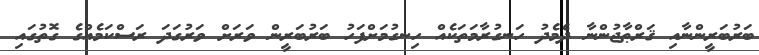
ބަރުބަރީންނާއި ޤަރްޠާޖުންނާ ދެމެދު ހަނގުރާމަތަކެއް ހިނގުމަށްފަހު ބަރުބަރީން ވަރަށް ވަރުގަދަ ރަސްކަމެއްގެ ގޮތުގައި